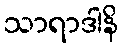
သာရာဒါနိ